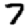
Digit: 7